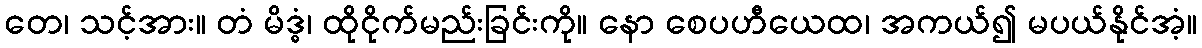
တေ၊ သင့်အား။ တံ မိဒ္ဓံ၊ ထိုငိုက်မည်းခြင်းကို။ နော စေပဟီယေထ၊ အကယ်၍ မပယ်နိုင်အံ့။